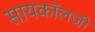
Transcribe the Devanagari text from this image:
सायकॉलजी